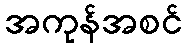
အကုန်အစင်